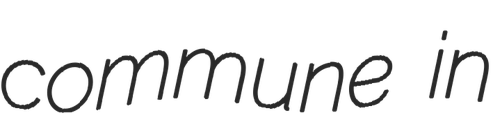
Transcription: commune in